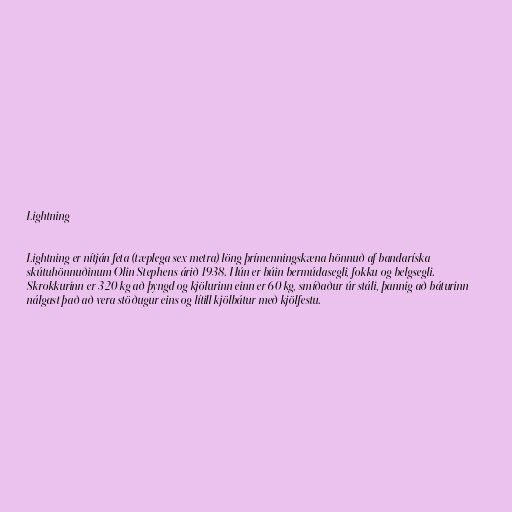
Lightning

Lightning er nítján feta (tæplega sex metra) löng þrímenningskæna hönnuð af bandaríska
skútuhönnuðinum Olin Stephens árið 1938. Hún er búin bermúdasegli, fokku og belgsegli.
Skrokkurinn er 320 kg að þyngd og kjölurinn einn er 60 kg, smíðaður úr stáli, þannig að báturinn
nálgast það að vera stöðugur eins og lítill kjölbátur með kjölfestu.